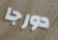
دورجا